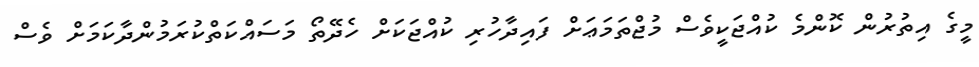
މީގެ އިތުރުން ކޮންމެ ކުއްޖަކީވެސް މުޖްތަމަޢަށް ފައިދާހުރި ކުއްޖަކަށް ހެދޭތޯ މަސައްކަތްކުރަމުންދާކަމަށް ވެސް